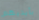
بأيديهم